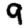
Digit: 9